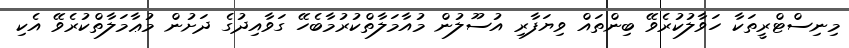
މިނިސްޓްރީތަކާ ހަވާލުކުރެވޭ ބިންތައް ވިޔަފާރި އުސޫލުން މުއާމަލާތްކުރުމާބެހޭ ގަވާއިދުގެ ދަށުން މުޢާމަލާތްކުރެވޭ އެކި